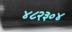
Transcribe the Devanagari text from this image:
४८२३०४